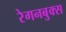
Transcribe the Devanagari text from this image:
रेगनबुक्स